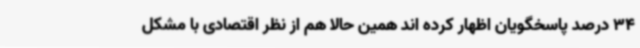
34 درصد پاسخگویان اظهار کرده اند همین حالا هم از نظر اقتصادی با مشکل